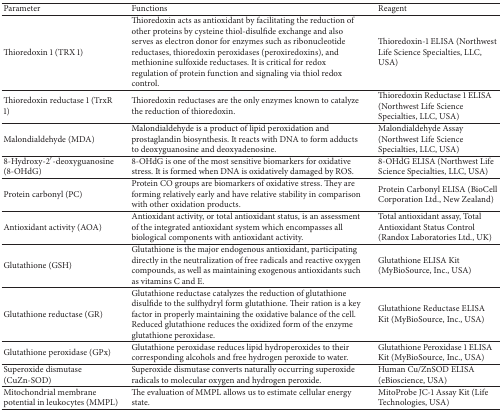
| Parameter | Functions | Reagent |
 | --- | --- | --- |
 | Thioredoxin 1 (TRX 1) | Thioredoxin acts as antioxidant by facilitating the reduction of other proteins by cysteine thiol-disulfide exchange and also serves as electron donor for enzymes such as ribonucleotide reductases, thioredoxin peroxidases (peroxiredoxins), and methionine sulfoxide reductases. It is critical for redox regulation of protein function and signaling via thiol redox control. | Thioredoxin-1 ELISA (Northwest Life Science Specialties, LLC, USA) |
 | Thioredoxin reductase 1 (TrxR 1) | Thioredoxin reductases are the only enzymes known to catalyze the reduction of thioredoxin. | Thioredoxin Reductase 1 ELISA (Northwest Life Science Specialties, LLC, USA) |
 | Malondialdehyde (MDA) | Malondialdehyde is a product of lipid peroxidation and prostaglandin biosynthesis. It reacts with DNA to form adducts to deoxyguanosine and deoxyadenosine. | Malondialdehyde Assay (Northwest Life Science Specialties, LLC, USA) |
 | 8-Hydroxy-2′-deoxyguanosine (8-OHdG) | 8-OHdG is one of the most sensitive biomarkers for oxidative stress. It is formed when DNA is oxidatively damaged by ROS. | 8-OHdG ELISA (Northwest Life Science Specialties, LLC, USA) |
 | Protein carbonyl (PC) | Protein CO groups are biomarkers of oxidative stress. They are forming relatively early and have relative stability in comparison with other oxidation products. | Protein Carbonyl ELISA (BioCell Corporation Ltd., New Zealand) |
 | Antioxidant activity (AOA) | Antioxidant activity, or total antioxidant status, is an assessment of the integrated antioxidant system which encompasses all biological components with antioxidant activity. | Total antioxidant assay, Total Antioxidant Status Control (Randox Laboratories Ltd., UK) |
 | Glutathione (GSH) | Glutathione is the major endogenous antioxidant, participating directly in the neutralization of free radicals and reactive oxygen compounds, as well as maintaining exogenous antioxidants such as vitamins C and E. | Glutathione ELISA Kit (MyBioSource, Inc., USA) |
 | Glutathione reductase (GR) | Glutathione reductase catalyzes the reduction of glutathione disulfide to the sulfhydryl form glutathione. Their ration is a key factor in properly maintaining the oxidative balance of the cell. Reduced glutathione reduces the oxidized form of the enzyme glutathione peroxidase. | Glutathione Reductase ELISA Kit (MyBioSource, Inc., USA) |
 | Glutathione peroxidase (GPx) | Glutathione peroxidase reduces lipid hydroperoxides to their corresponding alcohols and free hydrogen peroxide to water. | Glutathione Peroxidase 1 ELISA Kit (MyBioSource, Inc., USA) |
 | Superoxide dismutase (CuZn-SOD) | Superoxide dismutase converts naturally occurring superoxide radicals to molecular oxygen and hydrogen peroxide. | Human Cu/ZnSOD ELISA (eBioscience, USA) |
 | Mitochondrial membrane potential in leukocytes (MMPL) | The evaluation of MMPL allows us to estimate cellular energy state. | MitoProbe JC-1 Assay Kit (Life Technologies, USA) |